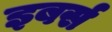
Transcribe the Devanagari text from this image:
इबर्स